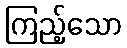
ကြည့်သော